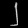
Digit: ၂